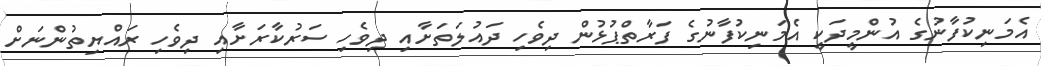
އެމަނިކުފާނުގެ އުންމީދަކީ އެމަނިކުފާނުގެ ފަރާތްޕުޅުން ދިވެހި ދައުލަތަށާއި ދިވެހި ސަރުކާރަށާއި ދިވެހި ރައްޔިތުންނަށް